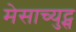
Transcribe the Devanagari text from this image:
मेसाच्युट्स